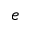
e